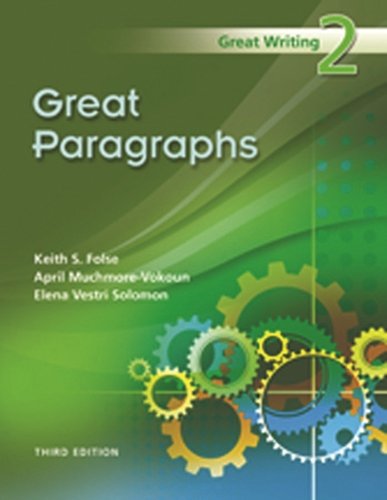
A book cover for Great Writing 2: Great Paragraphs; Keith S. Folse; Reference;